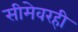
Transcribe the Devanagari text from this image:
सीमेवरही